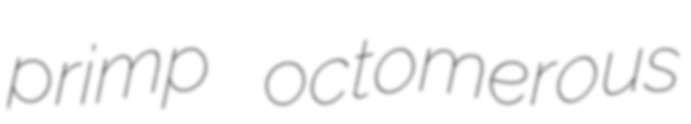
primp octomerous